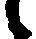
候